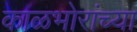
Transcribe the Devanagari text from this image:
काळभोरांच्या